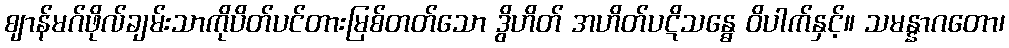
ဈာန်မဂ်ဖိုလ်ချမ်းသာကိုပိတ်ပင်တားမြစ်တတ်သော ဒွိဟိတ် အဟိတ်ပဋိသန္ဓေ ဝိပါက်နှင့်။ သမန္နာဂတော၊